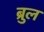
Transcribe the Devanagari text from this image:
ब्रुल